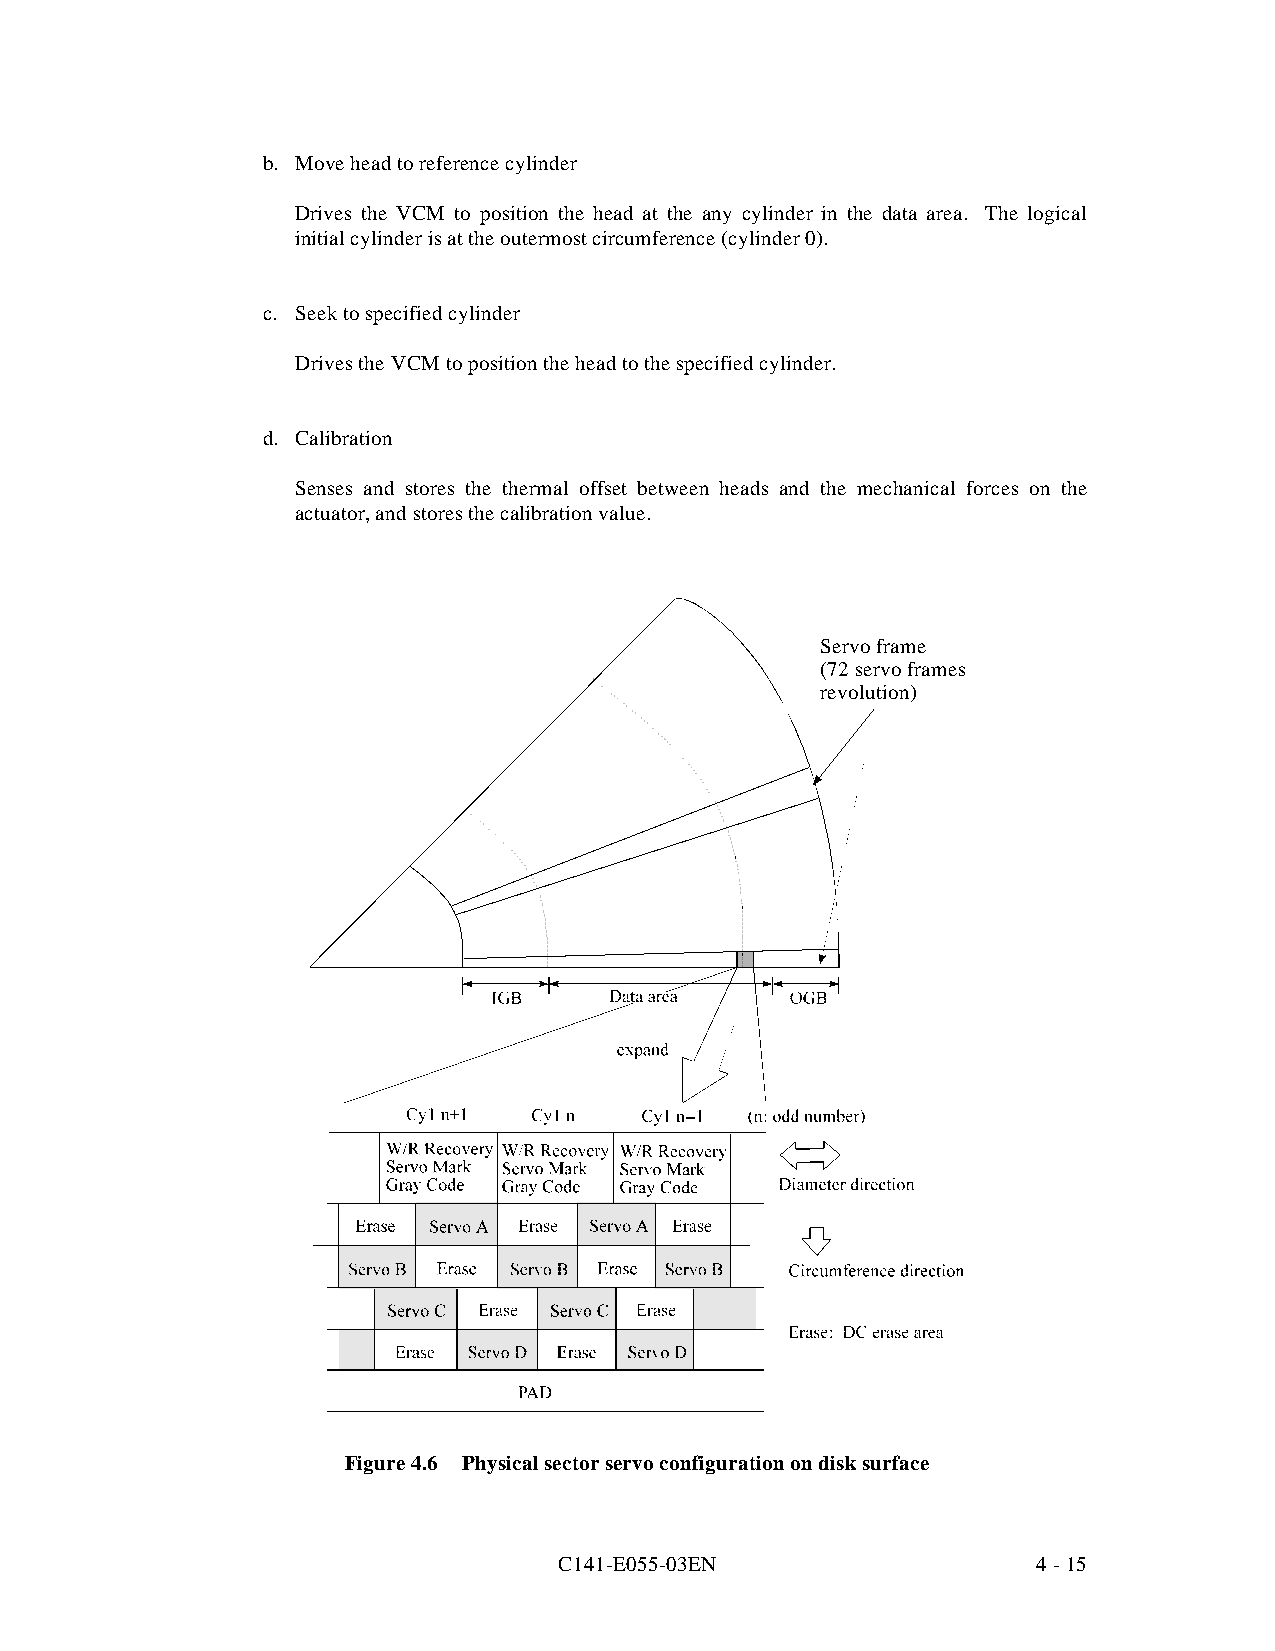
b. Move head to reference cylinder
 Drives the VCM to position the head at the any cylinder in the data area. The logical
 initial cylinder is at the outermost circumference (cylinder 0).
 c. Seek to specified cylinder
 Drives the VCM to position the head to the specified cylinder.
 d. Calibration
 Senses and stores the thermal offset between heads and the mechanical forces on the
 actuator, and stores the calibration value.
 Servo frame
 (72 servo frames
 revolution)
 Figure 4.6 Physical sector servo configuration on disk surface
 C141-E055-03EN                  4 - 15